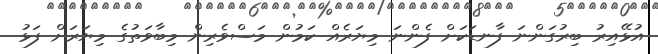
އުޅޭއިރު ބިރުގަންނަ ފާނޑަކަށް ފެންނަ މިޔަރެއް ކަމުން މަސްވެރިން މިބާވަތުގެ މިޔަރަށް ފަޅު